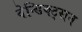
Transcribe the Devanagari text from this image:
वेन्डिक्ट्सन